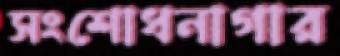
সংশোধনাগার